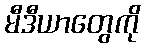
မီဒီယာတွေကို